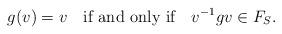
LaTeX: \begin{align*}g(v)=v \ \ \mbox{ if and only if } \ \ v^{-1}gv\in F_S.\end{align*}